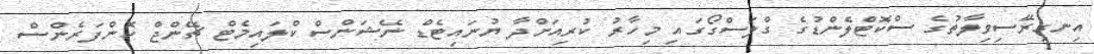
އިނގިރޭސިވިލާތުގެ ސްކޮޓްލެންޑުގެ ގްލަސްގޯގައި މިހާރު ކުރިއަށްދާ ޔުނައިޓެޑް ނޭޝަންސް ކްލައިމެޓް ޗޭންޖް ކޮންފަރެންސް